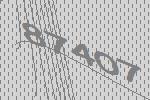
87407